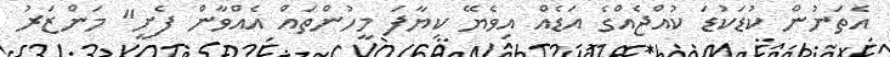
އެތަނުން ކުޑަކުޑަ ކުއްޖެއްގެ އަޑެއް އިވެޔޭ ކިޔާފަ މީހުންތައް އެއްވާން ފެށީ" މަންޒަރު